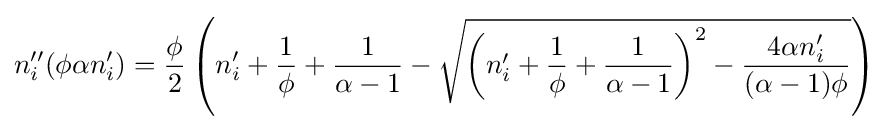
n_{i}''(\phi \alpha n_{i}')={\frac {\phi }{2}}\left(n_{i}'+{\frac {1}{\phi }}+{\frac {1}{\alpha -1}}-{\sqrt {\left(n_{i}'+{\frac {1}{\phi }}+{\frac {1}{\alpha -1}}\right)^{2}-{\frac {4\alpha n_{i}'}{(\alpha -1)\phi }}}}\right)